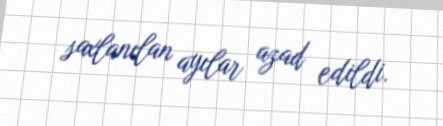
saxlanılan ayılar azad edildi.